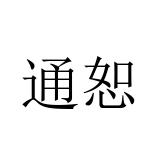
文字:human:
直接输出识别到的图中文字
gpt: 通恕